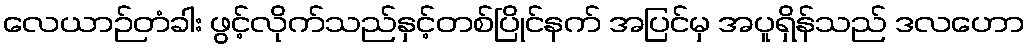
လေယာဉ်တံခါး ဖွင့်လိုက်သည်နှင့်တစ်ပြိုင်နက် အပြင်မှ အပူရှိန်သည် ဒလဟော